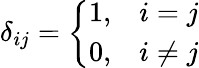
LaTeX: \delta_{ij}={\left\{ \begin{array}{ll}{1,}&{i=j}\\ {0,}&{i\neq j}\end{array}\right.}